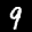
Label: 9